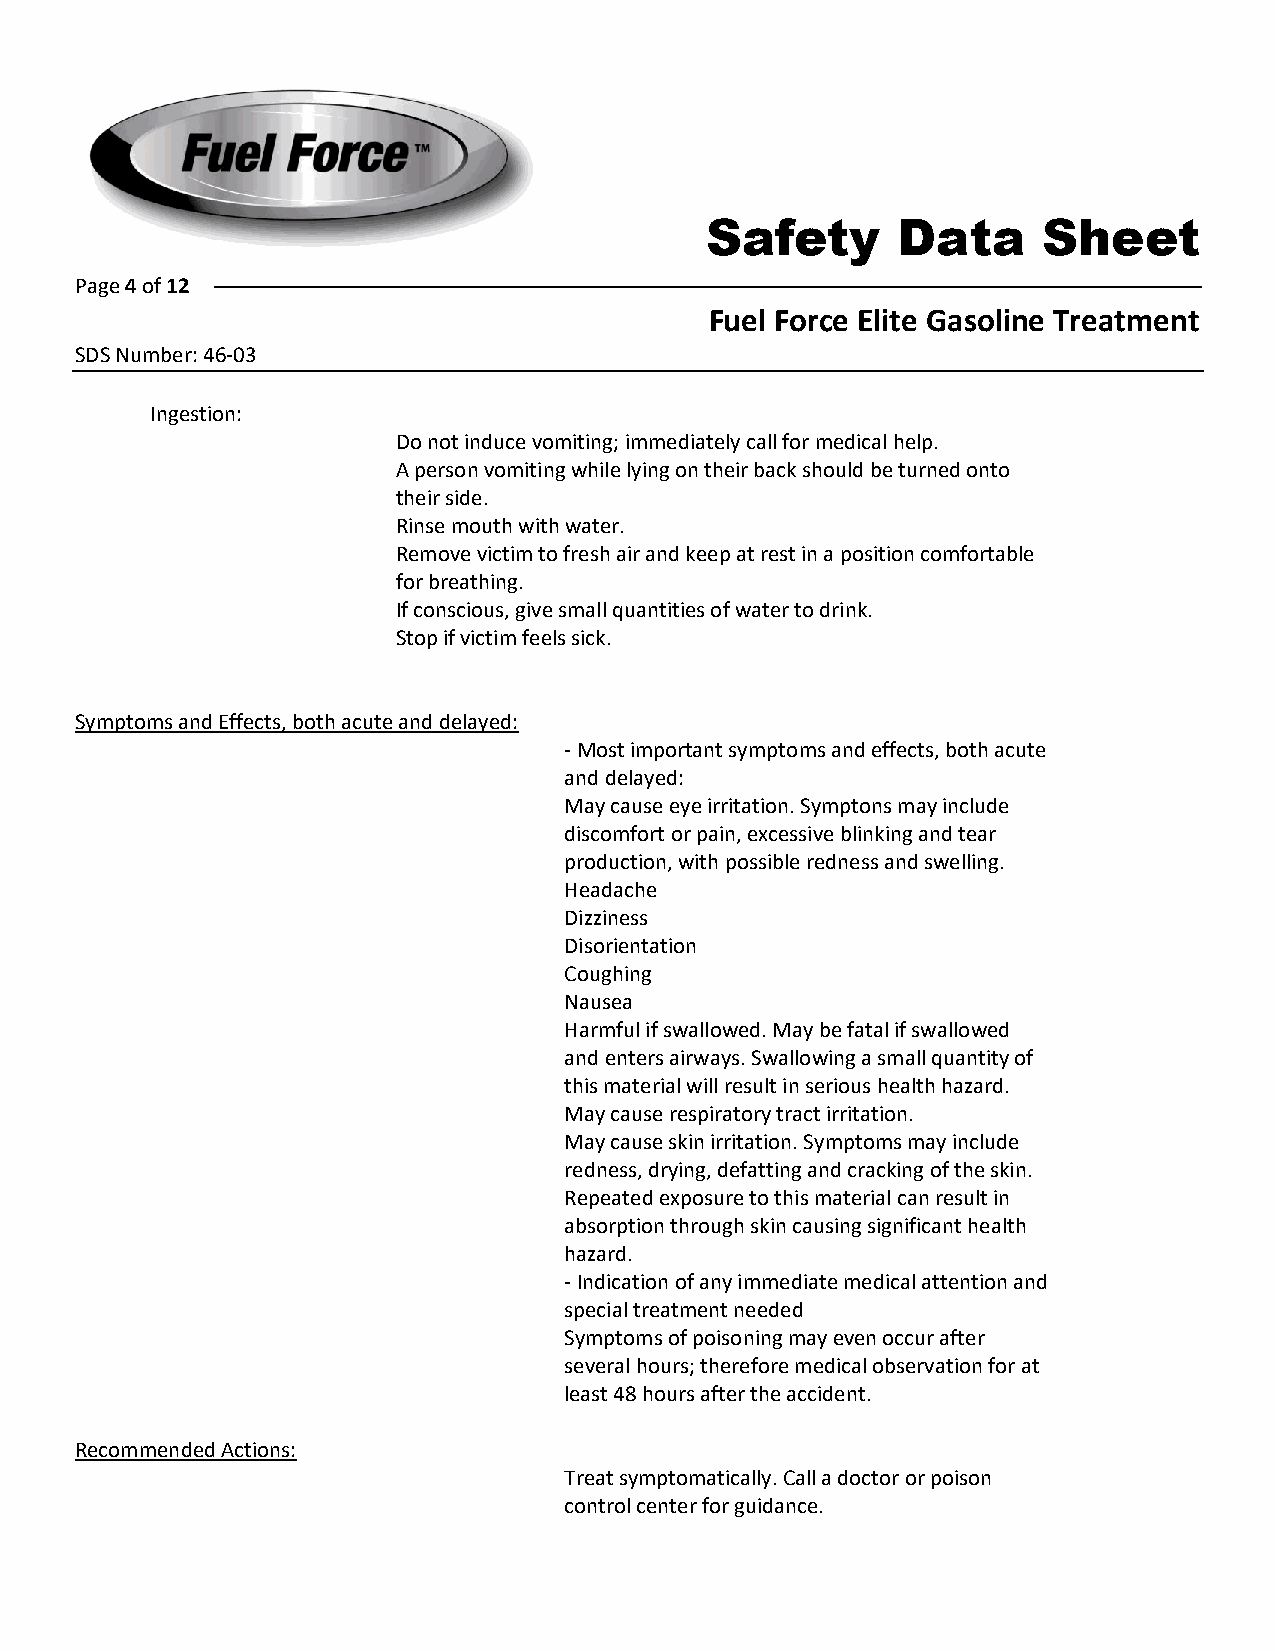
Safety      Data      Sheet
 Page 4 of 12
 Fuel Force Elite Gasoline Treatment
 SDS Number: 46-03
 Ingestion:
 Do not induce vomiting; immediately call for medical help.
 A person vomiting while lying on their back should be turned onto
 their side.
 Rinse mouth with water.
 Remove victim to fresh air and keep at rest in a position comfortable
 for breathing.
 If conscious, give small quantities of water to drink.
 Stop if victim feels sick.
 Symptoms and Effects, both acute and delayed:
 -Most important symptoms and effects, both acute
 and delayed:
 May cause eye irritation. Symptons may include
 discomfort or pain, excessive blinking and tear
 production, with possible redness and swelling.
 Headache
 Dizziness
 Disorientation
 Coughing
 Nausea
 Harmful if swallowed. May be fatal if swallowed
 and enters airways. Swallowing a small quantity of
 this material will result in serious health hazard.
 May cause respiratory tract irritation.
 May cause skin irritation. Symptoms may include
 redness, drying, defatting and cracking of the skin.
 Repeated exposure to this material can result in
 absorption through skin causing significant health
 hazard.
 -Indication of any immediate medical attention and
 special treatment needed
 Symptoms of poisoning may even occur after
 several hours; therefore medical observation for at
 least 48 hours after the accident.
 Recommended Actions:
 Treat symptomatically. Call a doctor or poison
 control center for guidance.